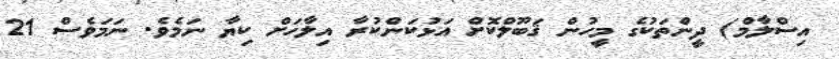
އިސްލާމް) ދީންތަކުގެ މީހުން ޤަބޫލްކޮށް އަޅުކަންކުރާ އިލާހަށް ކިޔާ ނަމެވެ. ނަމަވެސް 21